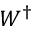
W ^ { \dagger }